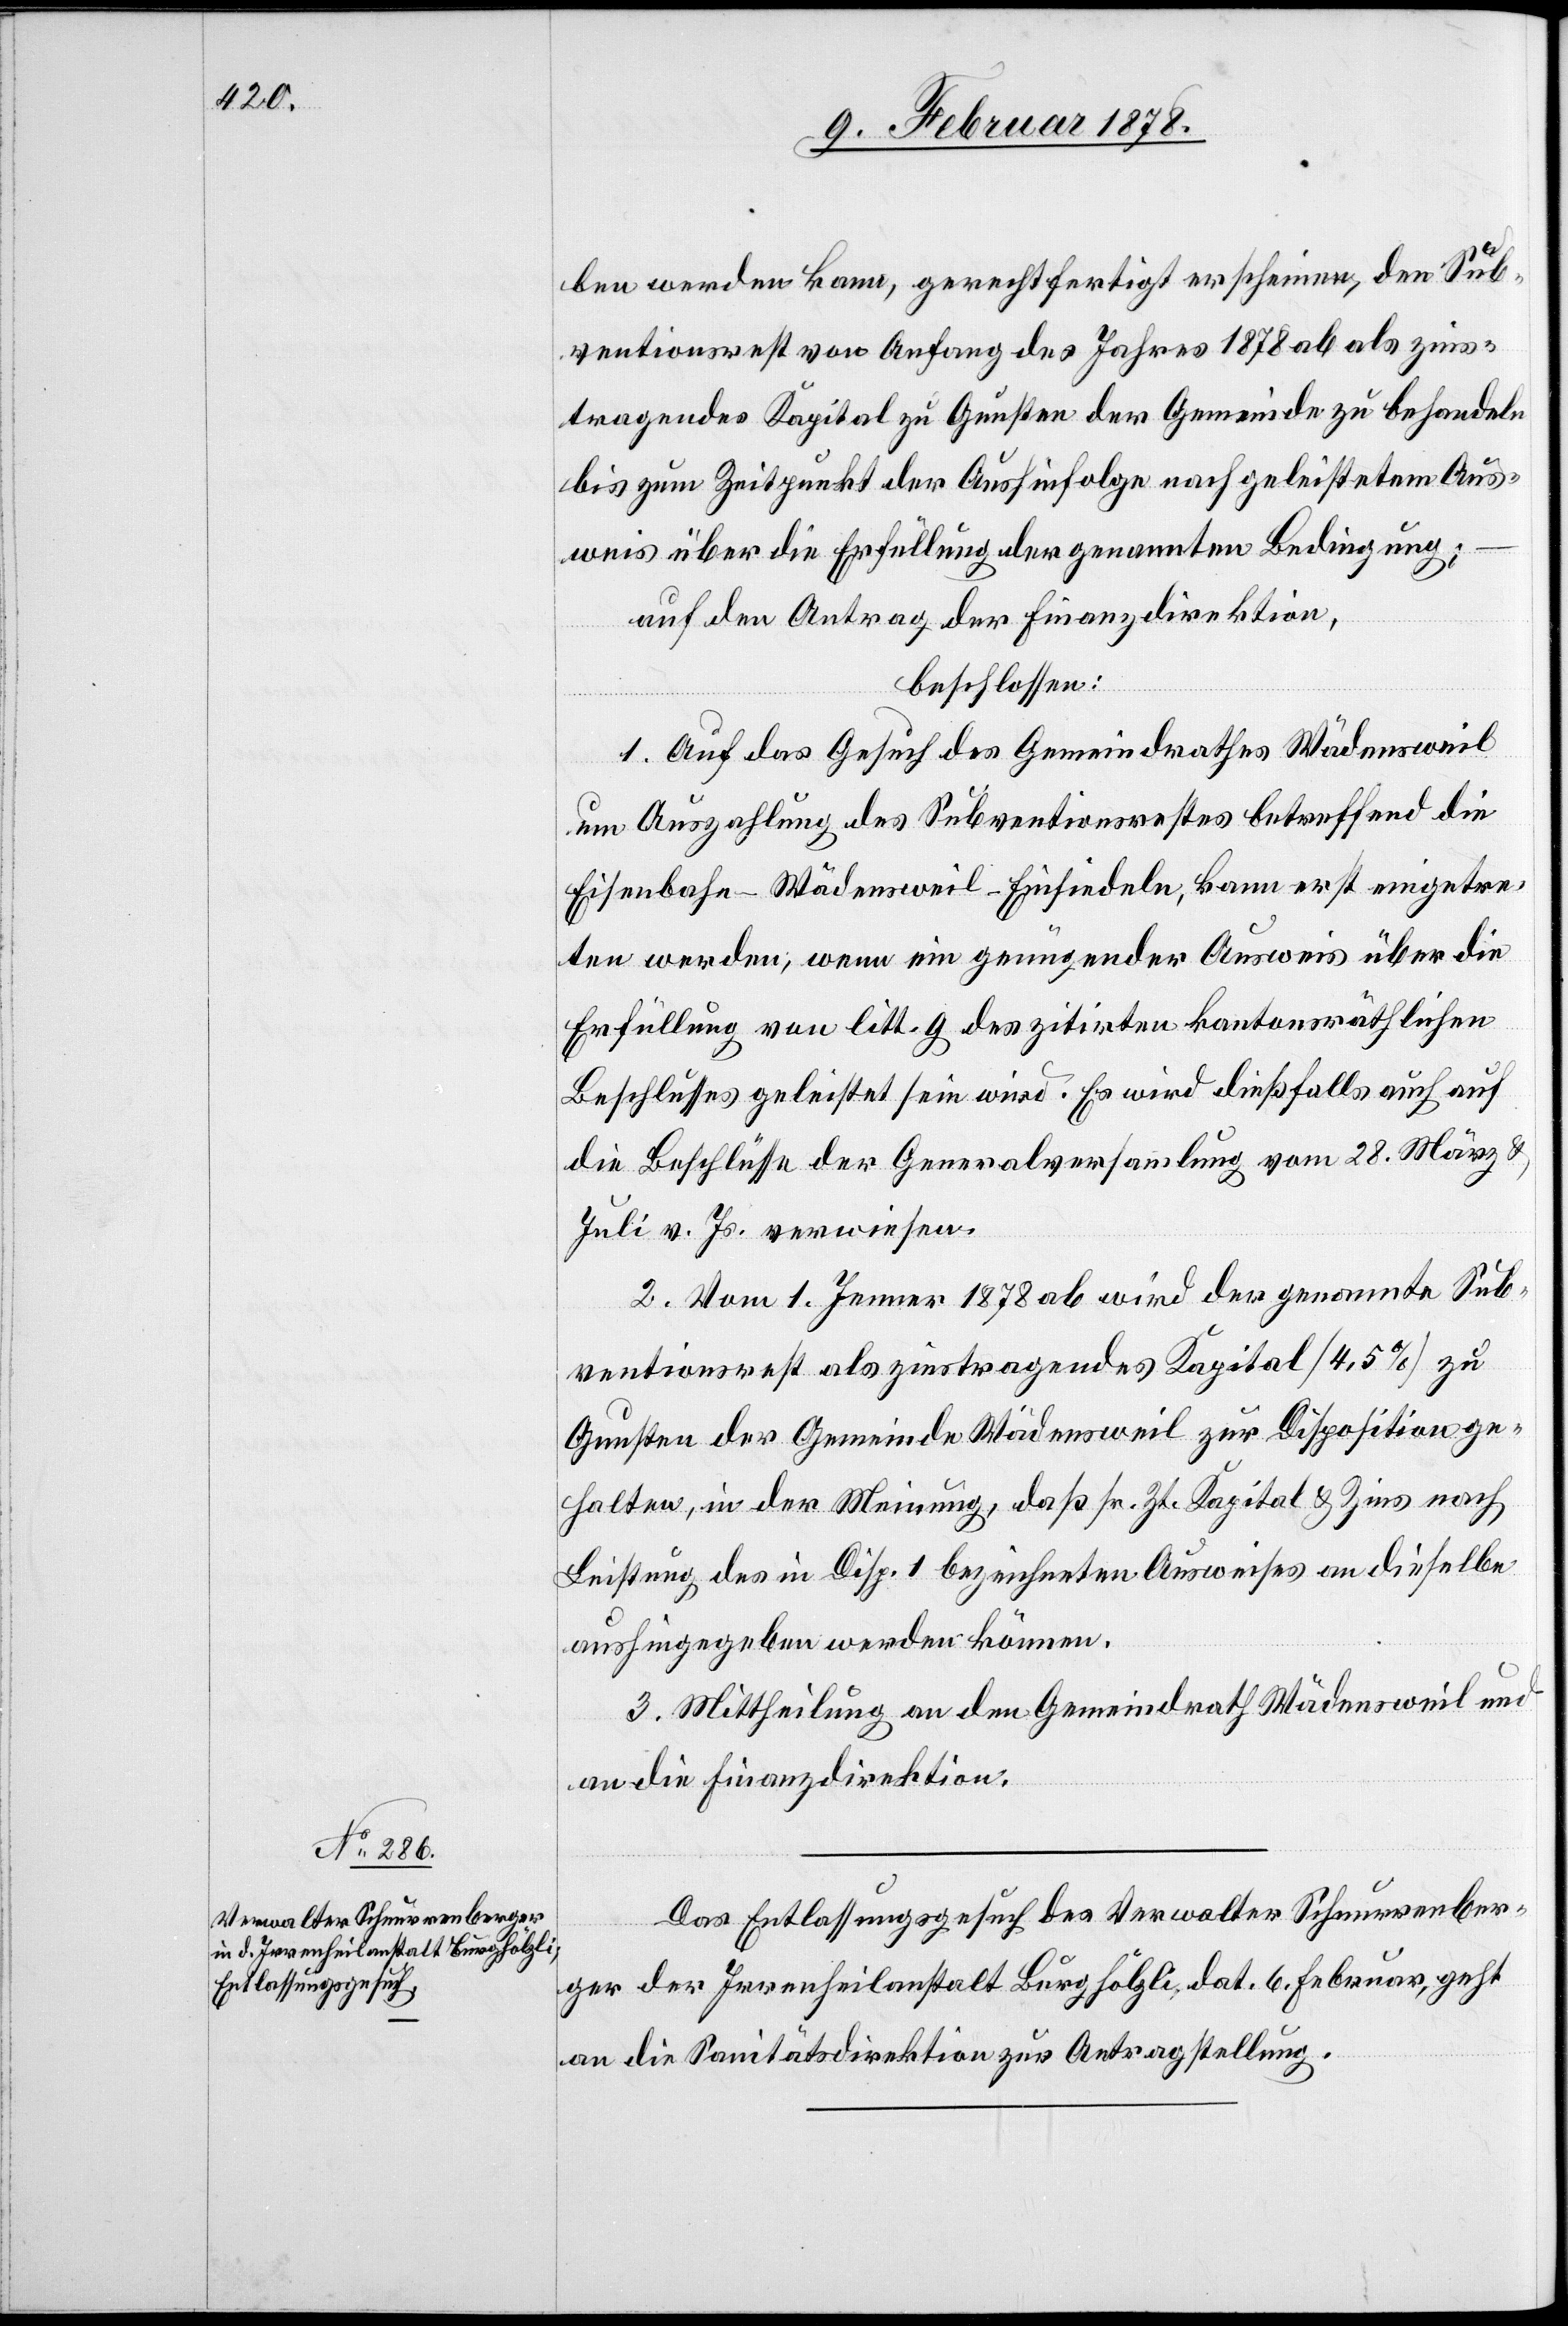
ben werden kann, gerechtfertigt erscheinen, den Sub¬
ventionsrest von Anfang des Jahres 1878 ab als zins¬
tragendes Kapital zu Gunsten der Gemeinde zu behandeln
bis zum Zeitpunkt der Aushinfolge nach geleistetem Aus¬
weis über die Erfüllung der genannten Bedingung:
auf den Antrag der Finanzdirektion,
beschlossen:
1. Auf das Gesuch des Gemeindrathes Wädensweil
um Auszahlung des Subventionsrestes betreffend die
Eisenbahn Wädensweil–Einsiedeln, kann erst eingetre¬
ten werden; wenn ein genügender Ausweis über die
Erfüllung von litt. g des zitirten kantonsräthlichen
Beschlusses geleistet sein wird. Es wird dießfalls auch auf
die Beschlüsse der Generalversammlung vom 28. März &
Juli v. Js. verwiesen.
2. Vom 1. Jenner 1878 ab wird der genannte Sub¬
ventionsrest als zinstragendes Kapital (4,5%) zu
Gunsten der Gemeinde Wädensweil zur Disposition ge¬
halten, in der Meinung, daß sr. Zt. Kapital & Zins nach
Leistung des in Disp. 1 bezeichneten Ausweises an dieselbe
aushingegeben werden könne.
3. Mittheilung an den Gemeindrath Wädensweil und
an die Finanzdirektion.
Das Entlassungsgesuch des Verwalter Schnurrenber¬
ger der Irrenheilanstalt Burghölzli, dat. 6. Februar, geht
an die Sanitätsdirektion zur Antragstellung.